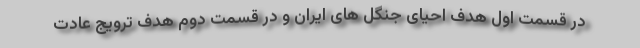
در قسمت اول هدف احیای جنگل های ایران و در قسمت دوم هدف ترویج عادت